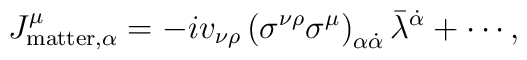
J^{\mu}_{{\rm matter},\alpha} =  -i v_{\nu\rho}\left(\sigma^{\nu\rho}\sigma^{\mu}\right)_{\alpha\dot{\alpha}} \bar{\lambda}^{\dot{\alpha}} + \cdots ,